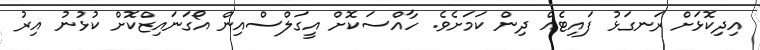
އިދިކޮޅަށް ރަނގަޅު ފައިޓެއް ދިން ކަމަށެވެ. ހާއްސަކޮށް އީގަލްސްއިން އޯގަނައިޒްކޮށް ކުޅުނު އިރު